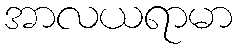
အာလယရာမာ